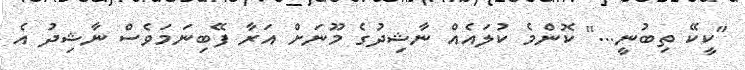
"ކީކޭ ތިބުނީ..." ކޮންމެ ކުލައެއް ނާޝިދުގެ މޫނަށް އަރާ ފޭބިނަމަވެސް ނާޝިދު އެ